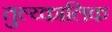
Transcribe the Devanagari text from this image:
तुल्य्कालिक